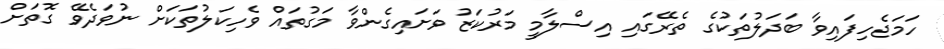
ހަމަޖެހިފައިވާ ބަދަލުތަކުގެ ތެރޭގައި އިސްލާމީ މަރުކަޒު ވަށައިގެންވާ މަގުތައް ވެހިކަލުތަކަށް ނުވަދެވޭ ގޮތަށް